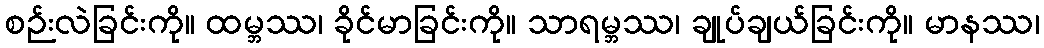
စဉ်းလဲခြင်းကို။ ထမ္ဘဿ၊ ခိုင်မာခြင်းကို။ သာရမ္ဘဿ၊ ချုပ်ချယ်ခြင်းကို။ မာနဿ၊